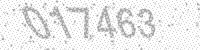
Solution: 017463